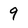
Character: 9